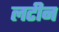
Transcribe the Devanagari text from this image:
लटीन